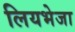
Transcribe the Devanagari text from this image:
लियभेजा